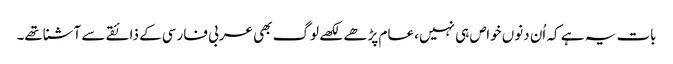
بات یہ ہے کہ اُن دنوں خواص ہی نہیں، عام پڑھے لکھے لوگ بھی عربی فارسی کے ذائقے سے آشناتھے۔